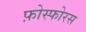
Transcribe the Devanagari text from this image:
फ़ोस्फोरस